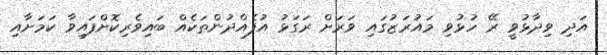
އަދި ވިދާޅުވީ ރޭ ހުޅުވި މައުރަޒުގައި ވަރަށް ރަގަޅު އުފެއްދުންތަކެއް ބައިވެރިކޮށްފައިވާ ކަަމަށާއި